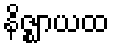
နိဇ္ဈာယထ